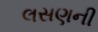
લસણની